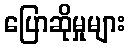
ပြောဆိုမှုများ